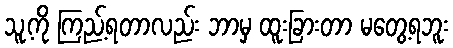
သူ့ကို ကြည့်ရတာလည်း ဘာမှ ထူးခြားတာ မတွေ့ရဘူး